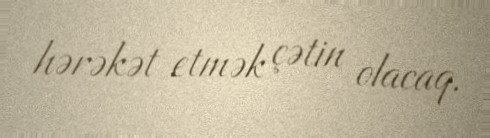
hərəkət etmək çətin olacaq.